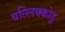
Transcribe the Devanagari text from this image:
वल्लिक्कोडू